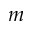
m